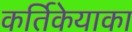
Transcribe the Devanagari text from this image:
कर्तिकेयाका